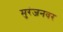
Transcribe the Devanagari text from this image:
मुरंजनवर